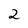
Character: 2